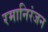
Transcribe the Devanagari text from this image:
रमानिरंजन